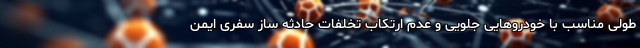
طولی مناسب با خودروهایی جلویی و عدم ارتکاب تخلفات حادثه ساز سفری ایمن